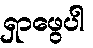
ရှာဖွေပါ